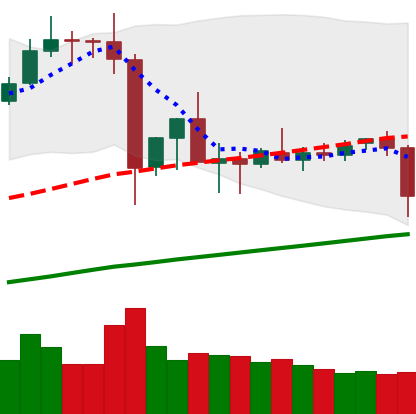
Ticker: ETC-USD
Chart end date: 2019-07-10
Forward return: -20.608%
Label: down_7plus